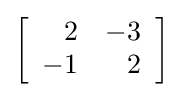
\left[{\begin{array}{rr}2&-3\\-1&2\end{array}}\right]